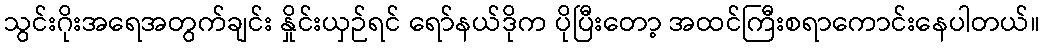
သွင်းဂိုးအရေအတွက်ချင်း နှိုင်းယှဉ်ရင် ရော်နယ်ဒိုက ပိုပြီးတော့ အထင်ကြီးစရာကောင်းနေပါတယ်။